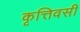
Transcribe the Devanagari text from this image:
कृत्तिवसी